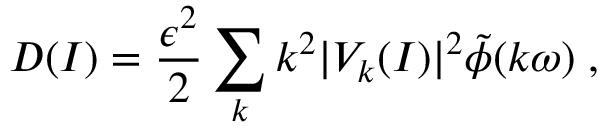
D ( I ) = \frac { \epsilon ^ { 2 } } { 2 } \sum _ { k } k ^ { 2 } \vert { \cal V } _ { k } ( I ) \vert ^ { 2 } \tilde { \phi } ( k \omega ) \; ,